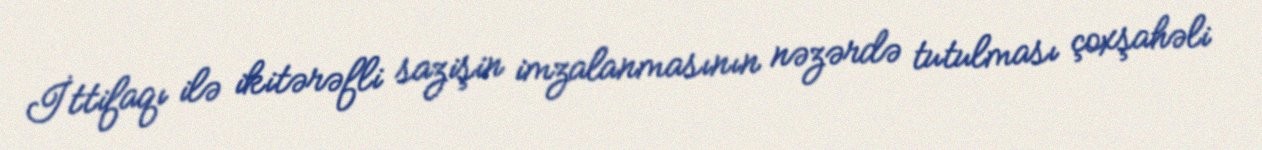
İttifaqı ilə ikitərəfli sazişin imzalanmasının nəzərdə tutulması çoxşahəli